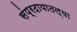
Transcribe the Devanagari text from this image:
संप्रदायातल्या